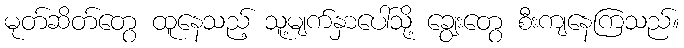
မုတ်ဆိတ်တွေ ထူနေသည့် သူ့မျက်နှာပေါ်သို့ ချွေးတွေ စီးကျနေကြသည်။